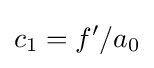
c_{1}=f'/a_{0}